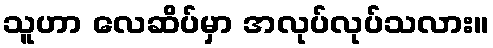
သူဟာ လေဆိပ်မှာ အလုပ်လုပ်သလား။